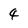
Character: 4